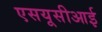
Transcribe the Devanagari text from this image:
एसयूसीआई